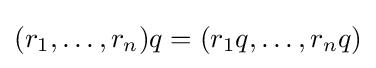
(r_{1},\ldots ,r_{n})q=(r_{1}q,\ldots ,r_{n}q)